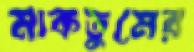
মাকতুমের